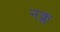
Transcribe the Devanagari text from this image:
नक्ल